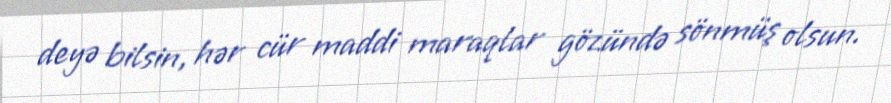
deyə bilsin, hər cür maddi maraqlar gözündə sönmüş olsun.